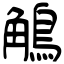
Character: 鵤